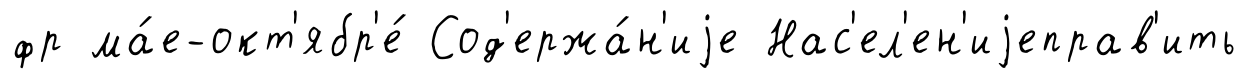
фр ма́е-окт'ябр'е́ Сод'ержа́н'иjе Нас'ел'ен'иjеправ'ить